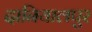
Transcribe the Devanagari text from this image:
दानियालपुर